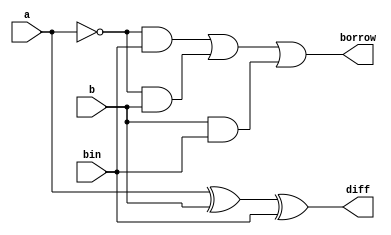

`timescale 1 ns/10 ps

module fullsub(a,b,bin,diff,borrow);

   input a,b,bin;
   output wire diff,borrow;


assign diff=a^b^bin;
assign borrow=(~a&bin)|(~a&b)|(b&bin);
endmodule

module fullsub_test;
reg a,b,bin;
wire diff,borrow;

fullsub UUT(.a(a),.b(b),.bin(bin),.diff(diff),.borrow(borrow));
initial begin
$monitor($time,"a=%b b=%b bin=%b diff=%b borrow=%b",a,b,bin,diff,borrow);
a=0;
b=0;
bin=0;
#10
a=0;
b=0;
bin=1;
#10
a=0;
b=1;
bin=0;
#10
a=0;
b=1;
bin=1;
#10
a=1;
b=0;
bin=0;
#10
a=1;
b=0;
bin=1;
#10
a=1;
b=1;
bin=0;
#10
a=1;
b=1;
bin=1;
end
endmodule